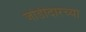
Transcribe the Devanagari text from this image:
जोडीदारच्या